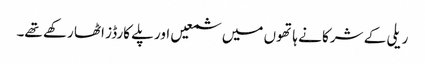
ریلی کے شرکا نے ہاتھوں میں شمعیں اور پلے کارڈز اٹھا رکھے تھے۔